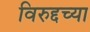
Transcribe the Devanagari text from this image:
विरुद्दच्या